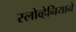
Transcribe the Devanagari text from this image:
स्लोव्हेनियाने